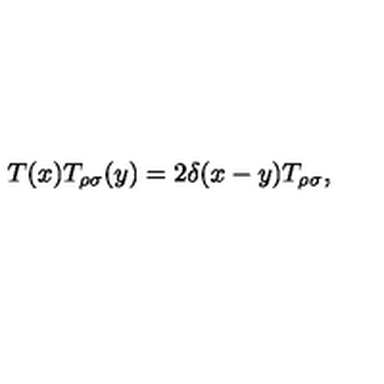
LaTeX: T ( x ) T _ { \rho \sigma } ( y ) = 2 \delta ( x - y ) T _ { \rho \sigma } ,